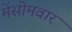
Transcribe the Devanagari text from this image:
मेंसोमवार